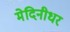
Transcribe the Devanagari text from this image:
मेदिनीधर